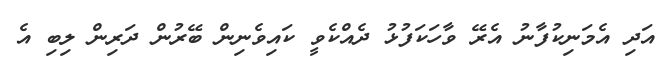
އަދި އެމަނިކުފާނު އެރޭ ވާހަކަފުޅު ދެއްކެވީ ކައިވެނިން ބޭރުން ދަރިން ލިބި އެ